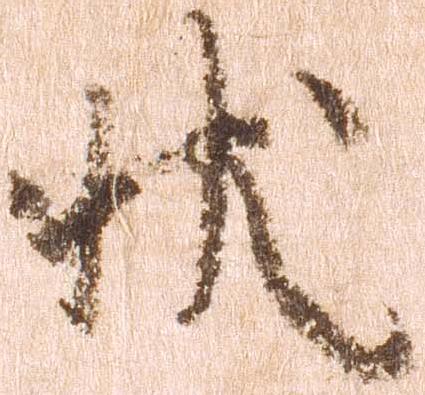
状